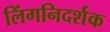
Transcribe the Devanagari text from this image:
लिंगनिदर्शक